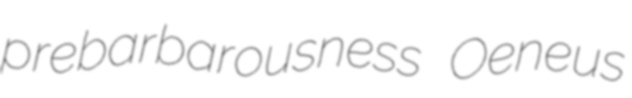
prebarbarousness Oeneus